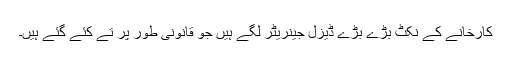
کارخانے کے نکٹ بڑے بڑے ڈیزل جینریٹر لگے ہیں جو قانونی طور پر تے کئے گئے ہیں۔